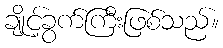
ချိုင့်ခွက်ကြီးဖြစ်သည်။